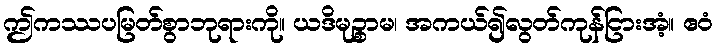
ဤကဿပမြတ်စွာဘုရားကို။ ယဒိမုဉ္စာမ၊ အကယ်၍လွတ်ကုန်ငြားအံ့။ ဧဝံ